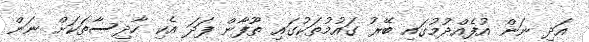
އަދި ނަން އުފެއްދުމުގައި ބޭރު ގައުމުތަކުގައި ތޫފާން ފަދަ އެކި ހާދިސާތަކަށް ނަން